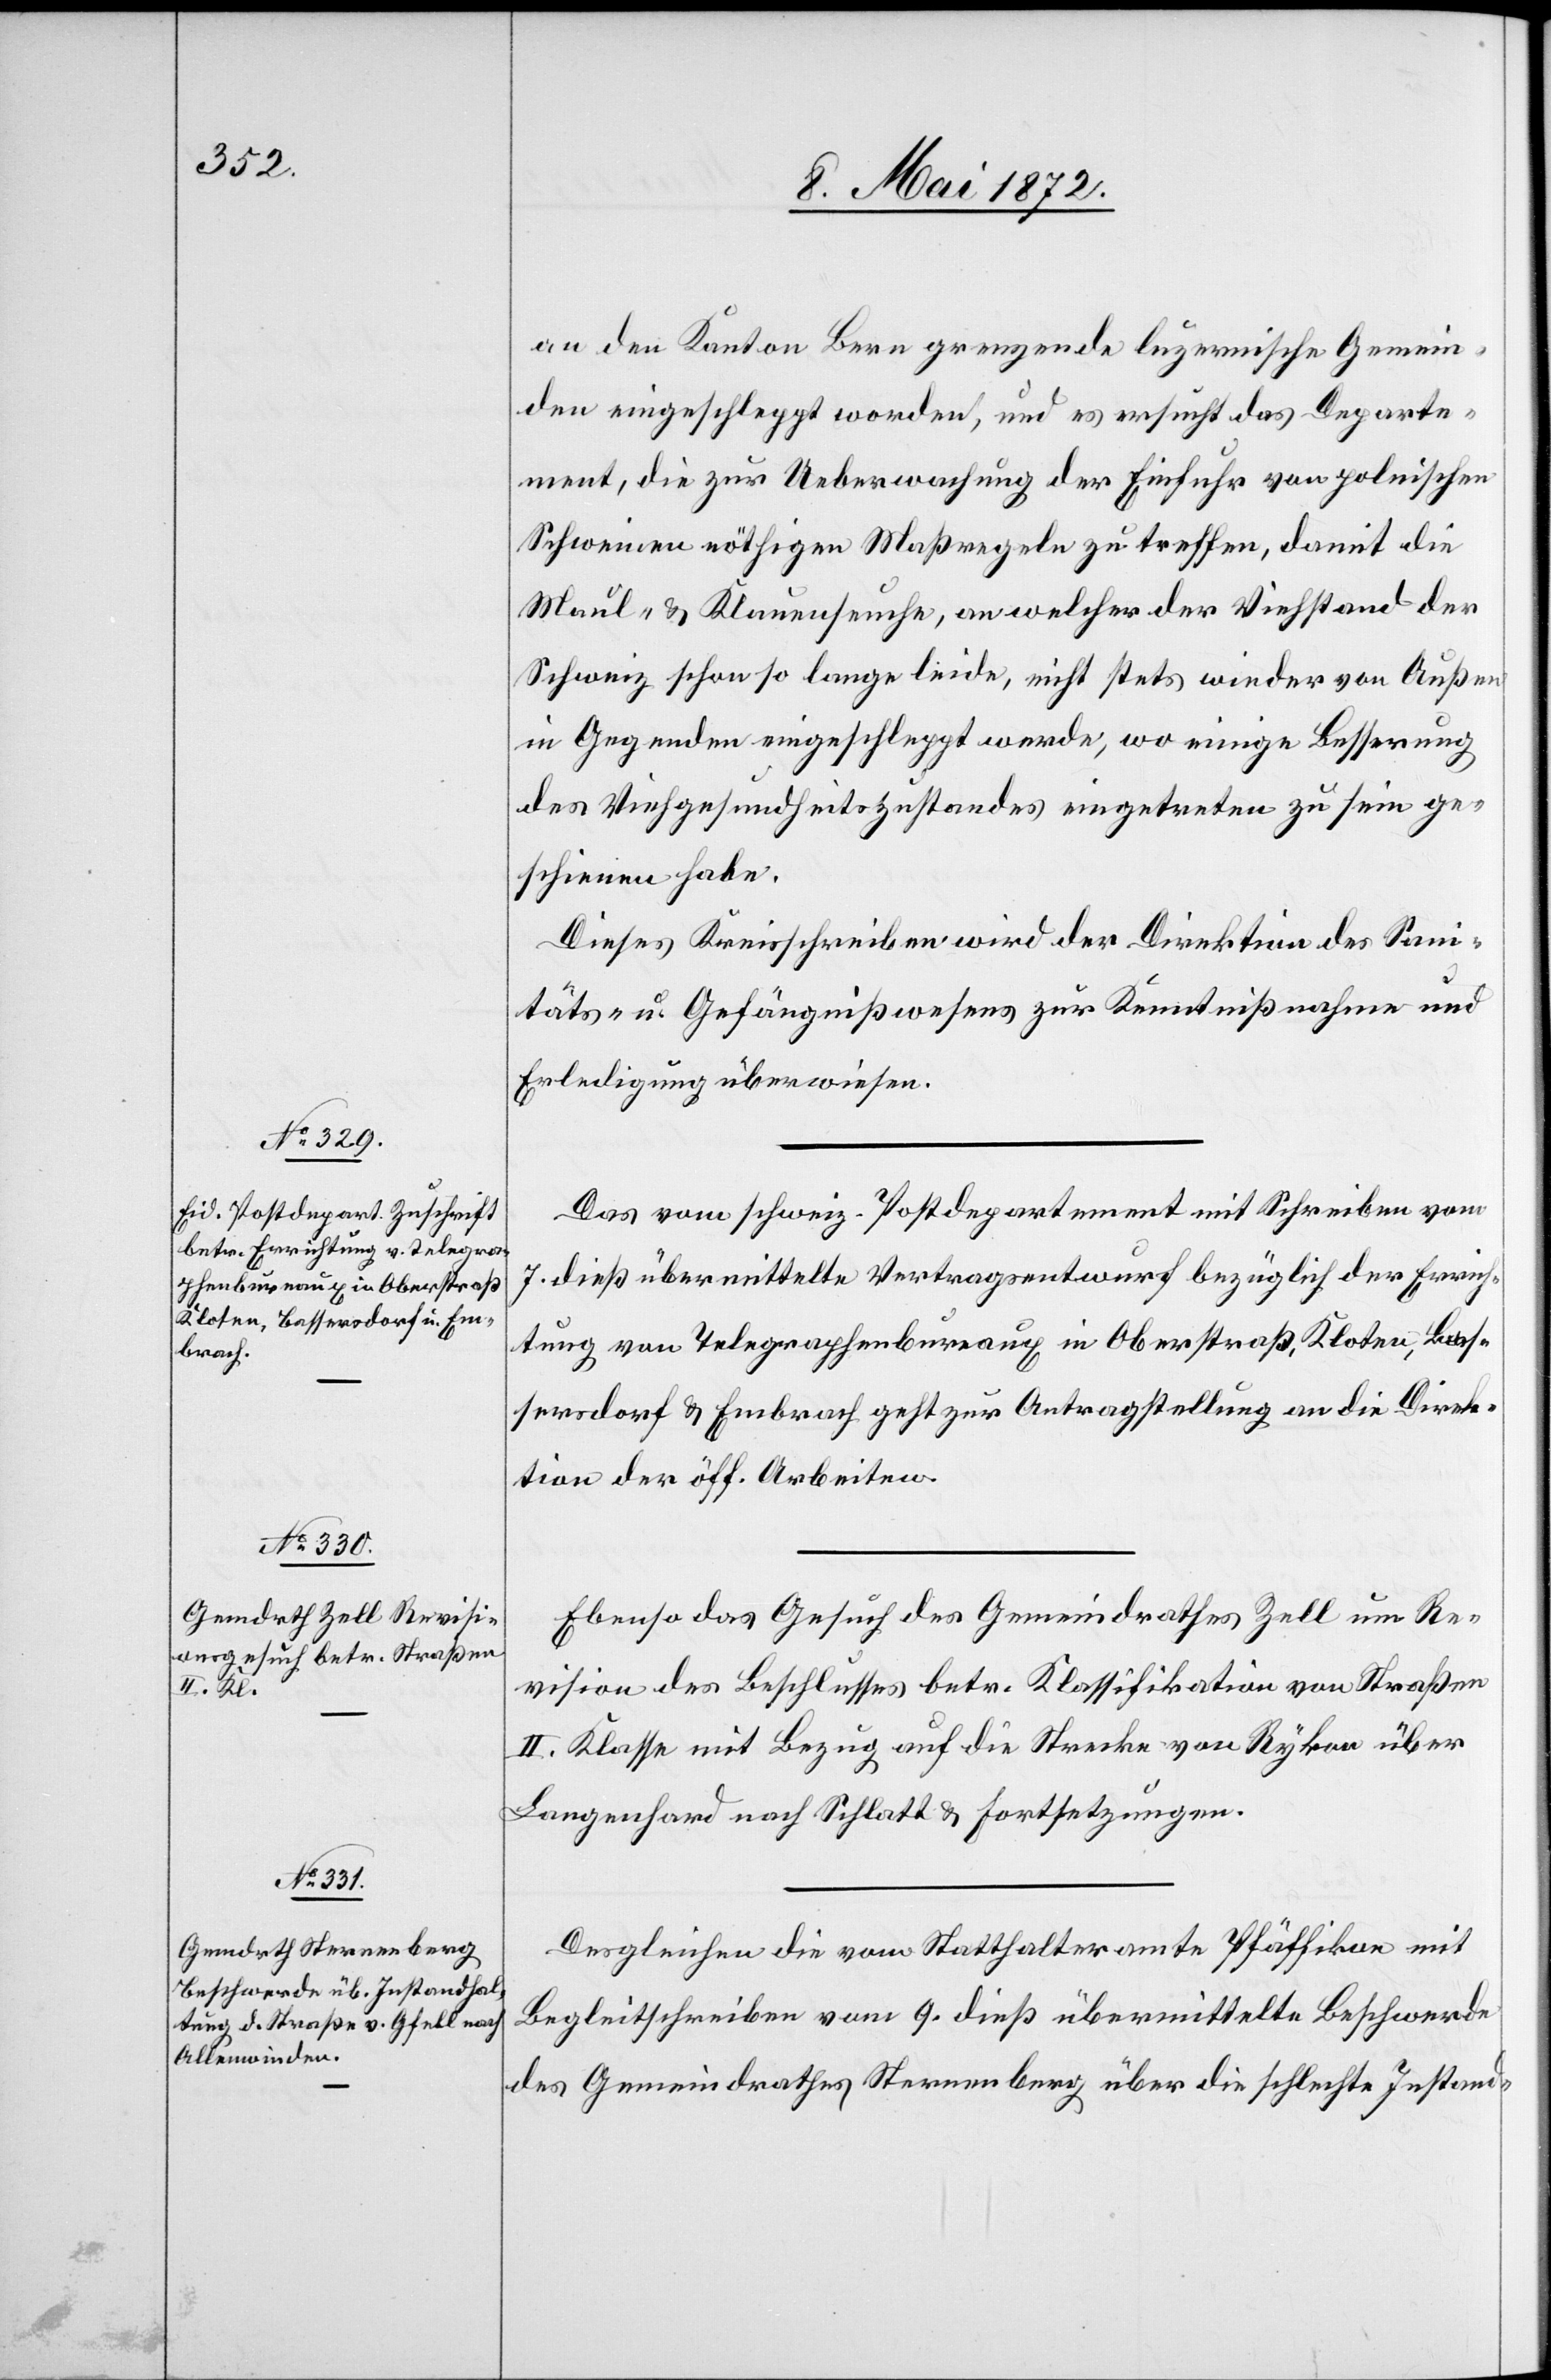
10. Mai 1872]
an den Kanton Bern grenzende luzernische Gemein¬
den eingeschleppt worden, und es ersucht das Departe¬
ment, die zur Ueberwachung der Einfuhr von polnischen
Schweinen nöthigen Maßregeln zu treffen, damit die
Maul- u. Klauenseuche, an welcher der Viehstand der
Schweiz schon so lange leide, nicht stets wieder von Außen
in Gegenden eingeschleppt werde, wo einige Besserung
des Viehgesundheitszustandes eingetreten zu sein ge¬
schienen habe.
Dieses Kreisschreiben wird der Direktion des Sani¬
täts- u. Gefängnißwesens zur Kenntnißnahme und
Erledigung überwiesen.
Das vom schweiz. Postdepartement mit Schreiben vom
7. dieß übermittelte Vertragsentwurf [sic!] bezüglich der Errich¬
tung von Telegraphenbureaux in Oberstraß, Kloten, Bas¬
sersdorf u. Embrach geht zur Antragstellung an die Direk¬
tion der öff. Arbeiten.
Ebenso das Gesuch des Gemeindrathes Zell um Re¬
vision des Beschlusses betr. Klassifikation von Straßen
II. Klasse mit Bezug auf die Strecke von Rykon über
Langenhard nach Schlatt u. Fortsetzungen.
Desgleichen die vom Statthalteramte Pfäffikon mit
Begleitschreiben vom 9. dieß übermittelte Beschwerde
des Gemeindrathes Sternenberg über die schlechte Instand-